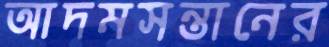
আদমসন্তানের